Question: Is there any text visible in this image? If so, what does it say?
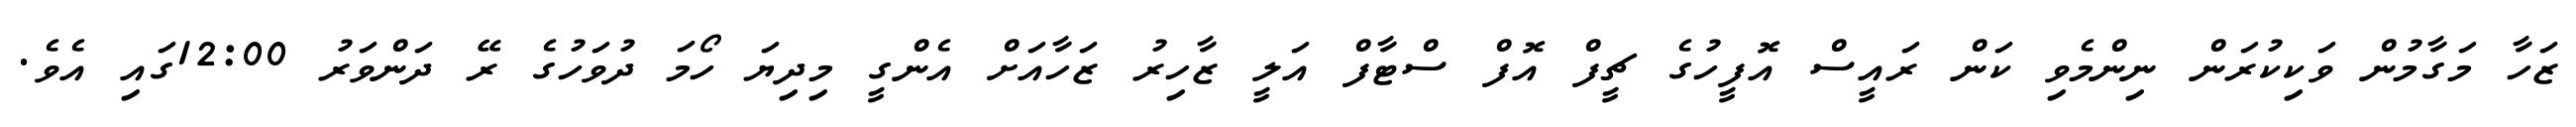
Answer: ޒަހާ މަގާމުން ވަކިކުރަން ނިންމެވި ކަން ރައީސް އޮފީހުގެ ޗީފް އޮފް ސްޓާފް އަލީ ޒާހިރު ޒަހާއަށް އެންގީ މިދިޔަ ހޯމަ ދުވަހުގެ ރޭ ދަންވަރު 12:00ގައި އެވެ.